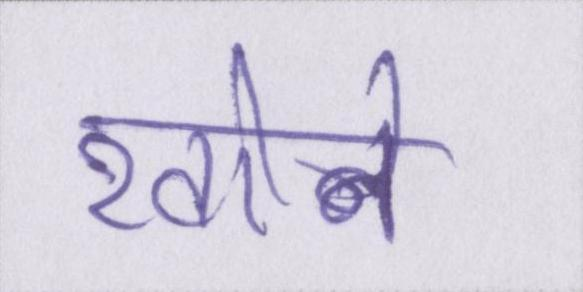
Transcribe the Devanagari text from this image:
खोने